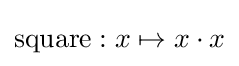
\mathrm {square} :x\mapsto x\cdot x